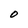
Character: O